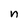
Character: n